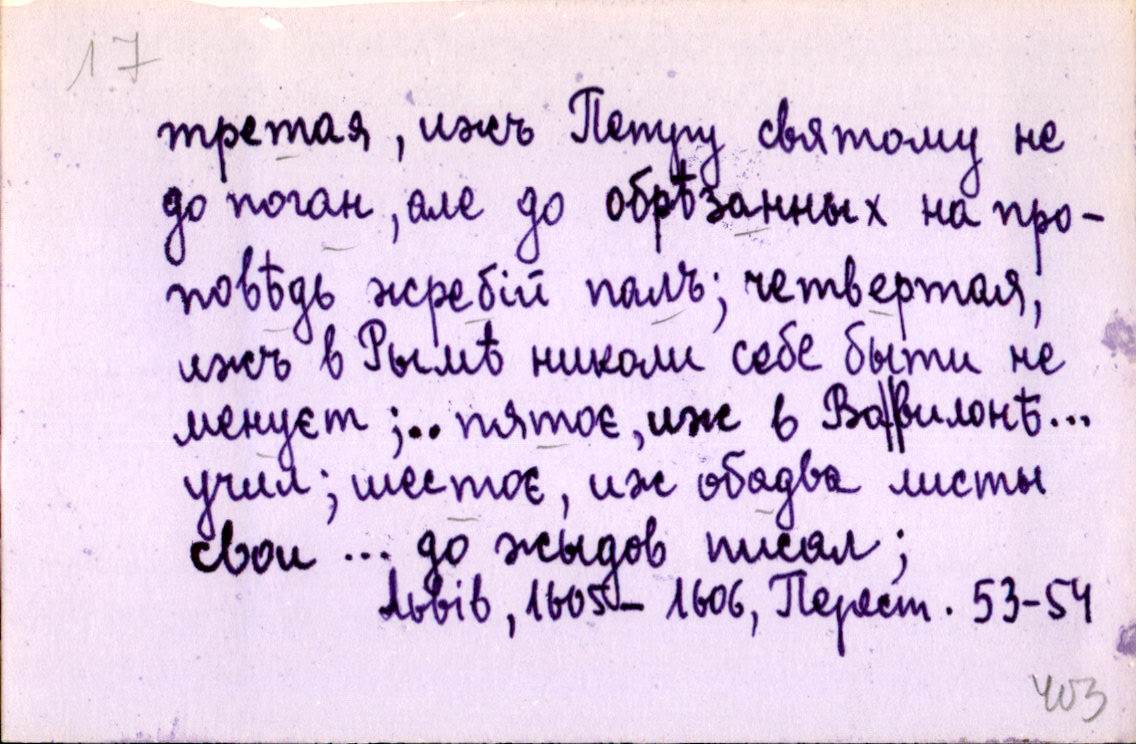
третая, ижъ Петру святому не
до поган, але до обрѣзанных на про-
повѣдь жребій палъ; четвертая,
ижъ в Рымѣ николи себе быти не
менуєт;.. пятоє, иж в Ва║вилонѣ…
учил; шестоє, иж обадва листы
свои … до жыдов писал;
Львів, 1605-1606, Перест. 53-54